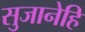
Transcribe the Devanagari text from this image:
सुजानेहि